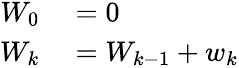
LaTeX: \begin{array}{rl}{W_{0}}&{{}=0}\\ {W_{k}}&{{}=W_{k-1}+w_{k}}\end{array}